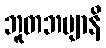
ဘူတဘဗျာနိ